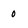
Character: o